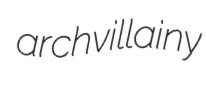
archvillainy